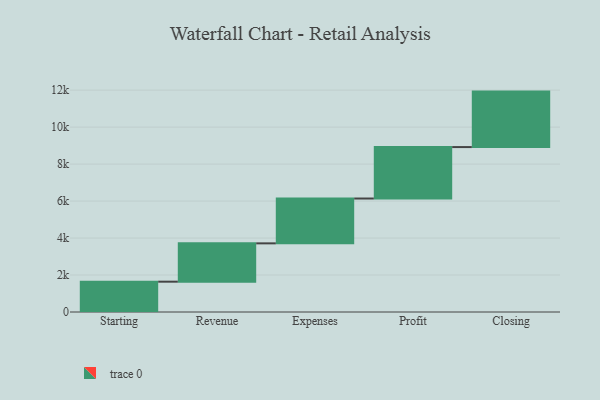
{"axis": {"x": "Step", "y": "Value"}, "legend": [""], "data": [{"x": "Starting", "y": 1640.0, "type": ""}, {"x": "Revenue", "y": 2073.0, "type": ""}, {"x": "Expenses", "y": 2425.0, "type": ""}, {"x": "Profit", "y": 2783.0, "type": ""}, {"x": "Closing", "y": 3000, "type": ""}]}